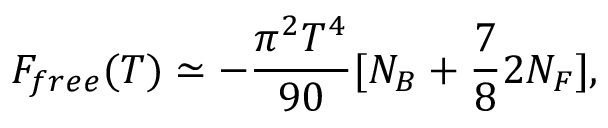
{ \cal F } _ { f r e e } ( T ) \simeq - { \frac { \pi ^ { 2 } T ^ { 4 } } { 9 0 } } [ N _ { B } + { \frac { 7 } { 8 } } 2 N _ { F } ] ,